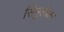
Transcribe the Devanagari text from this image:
सिमुलैक्रा